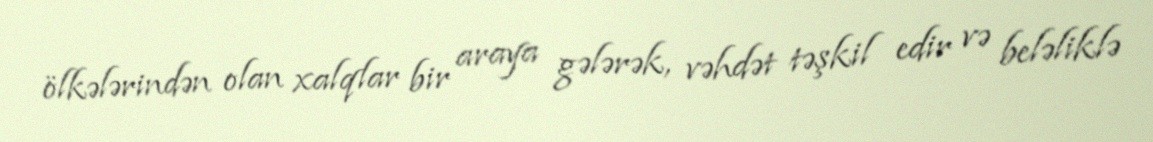
ölkələrindən olan xalqlar bir araya gələrək, vəhdət təşkil edir və beləliklə